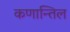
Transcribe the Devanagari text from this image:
कणान्तिल